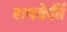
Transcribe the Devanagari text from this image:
रामकेर्ति